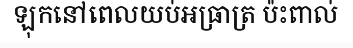
ឡុកនៅពេលយប់អធ្រាត្រ ប៉ះពាល់